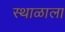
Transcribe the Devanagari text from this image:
स्थाळाला